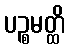
ပဉ္စမတ္ထိ